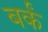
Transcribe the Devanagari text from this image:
बर्कं